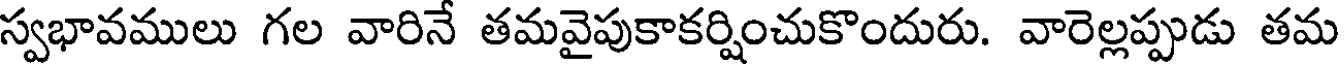
స్వభావములు గల వారినే తమవైపుకాకర్షించుకొందురు. వారెల్లప్పుడు తమ